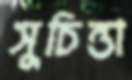
সুচিন্তা